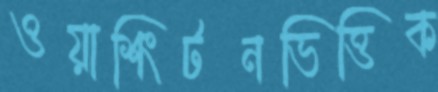
ওয়াশিংটনভিত্তিক